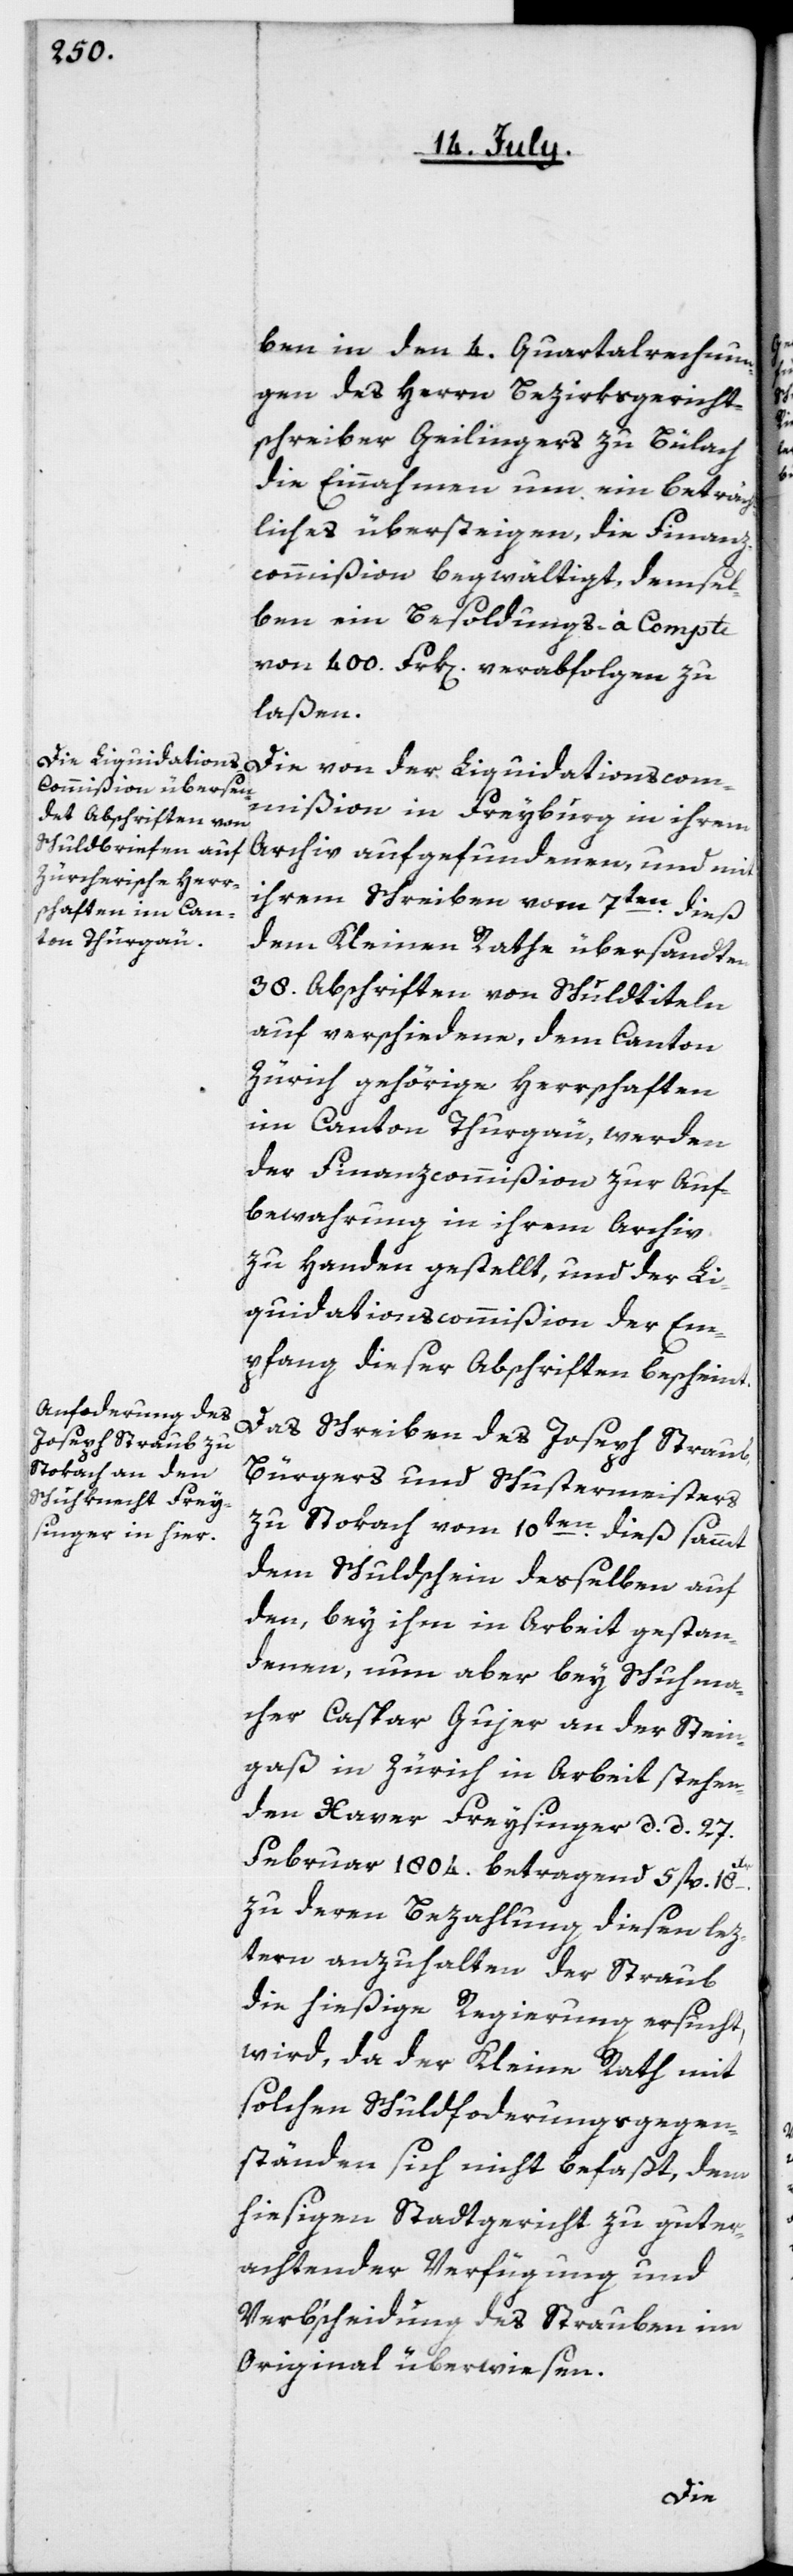
ben in den 4.Quartalrechnun¬
gen des Herrn Bezirksgericht¬
schreiber Geilingers zu Bülach
die Einnahmen um ein Beträch¬
tliches übersteigen, die Finanz¬
commißion begwältigt, demsel¬
ben ein Besoldungs-à-Compte
von 400. Frk[en]. verabfolgen zu
laßen.
Die von der Liquidationscom¬
mißion in Freyburg in ihrem
Archiv aufgefundenen, und mit
ihrem Schreiben vom 7ten dieß
dem Kleinen Rathe übersandten
38. Abschriften von Schuldtiteln
auf verschiedene, dem Canton
Zürich gehörige Herrschaften
im Canton Thurgau, werden
der Finanzcommißion zur Auf¬
bewahrung in ihrem Archiv
zu Handen gestellt, und der Li¬
quidationscommißion der Em¬
pfang dieser Abschriften bescheint.
Das Schreiben des Joseph Straub,
Bürgers und Schustermeisters
zu Stokach vom 10ten dieß, sammt
dem Schuldschein desselben auf
den, bey ihm in Arbeit gestan¬
denen, nun aber bey Schuhma¬
cher Caspar Gujer an der Stein¬
gaß in Zürich in Arbeit stehen¬
den Xaver Freysinger, d. d. 27.
Februar 1804. betragend 5 fl. 18
zu deren Bezahlung diesen lez¬
tern anzuhalten der Straub
die hießige Regierung ersucht,
wird, da der Kleine Rath mit
solchen Schuldforderungsgegen¬
ständen sich nicht befaßt, dem
hiesigen Stadtgericht zu guter¬
achtender Verfügung und
Verbscheidung des Strauben im
Original überwiesen.